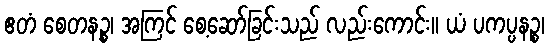
ဧတံ စေတနဉ္စ၊ အကြင် စေ့ဆော်ခြင်းသည် လည်းကောင်း။ ယံ ပကပ္ပနဉ္စ၊